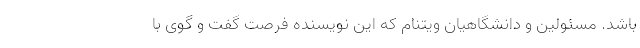
باشد. مسئولین و دانشگاهیان ویتنام که این نویسنده فرصت گفت و گوی با